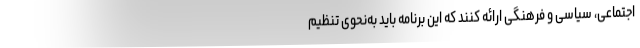
اجتماعی، سیاسی و فرهنگی ارائه کنند که این برنامه باید به‌نحوی تنظیم